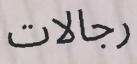
رجالات